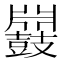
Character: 𪔥